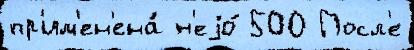
пр'им'ен'ена́ н'еjо́ 500 Посл'е